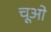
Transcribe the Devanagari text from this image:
चूओ